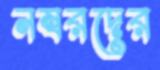
নম্বরদের